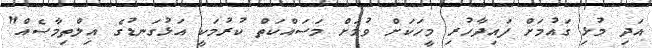
އަދި މުޅި ގައުމަށް ފައިދާހުރި މީހަކަށް ވުމަށް މަސައްކަތް ކުރުމަކީ އަޅުގަނޑުގެ އިލްތިމާސެއް"